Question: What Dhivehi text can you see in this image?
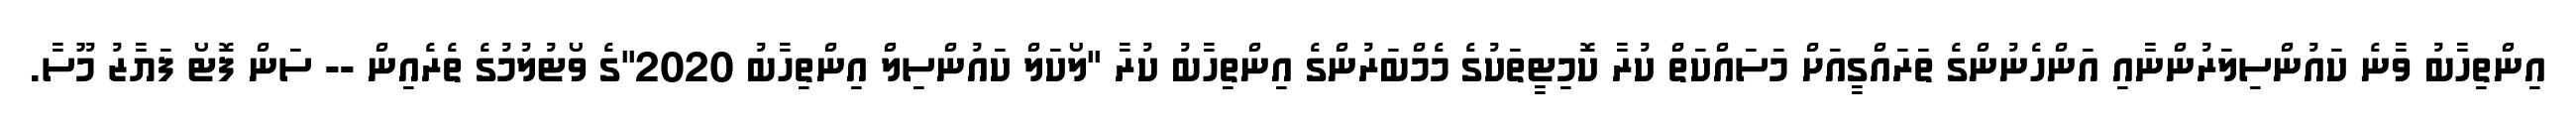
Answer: އިންތިހާބު ވާނެ ކައުންސިލަރުންނާއި އަންހެނުންގެ ތަރައްގީއަށް މަސައްކަތް ކުރާ ކޮމިޓީތަކުގެ މެމްބަރުންގެ އިންތިހާބު ކުރާ "ލޯކަލް ކައުންސިލް އިންތިހާބު 2020"ގެ ވޯޓުލުމުގެ ތެރެއިން -- ސަން ފޮޓޯ ފަޔާޒު މޫސާ.